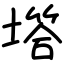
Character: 㙮